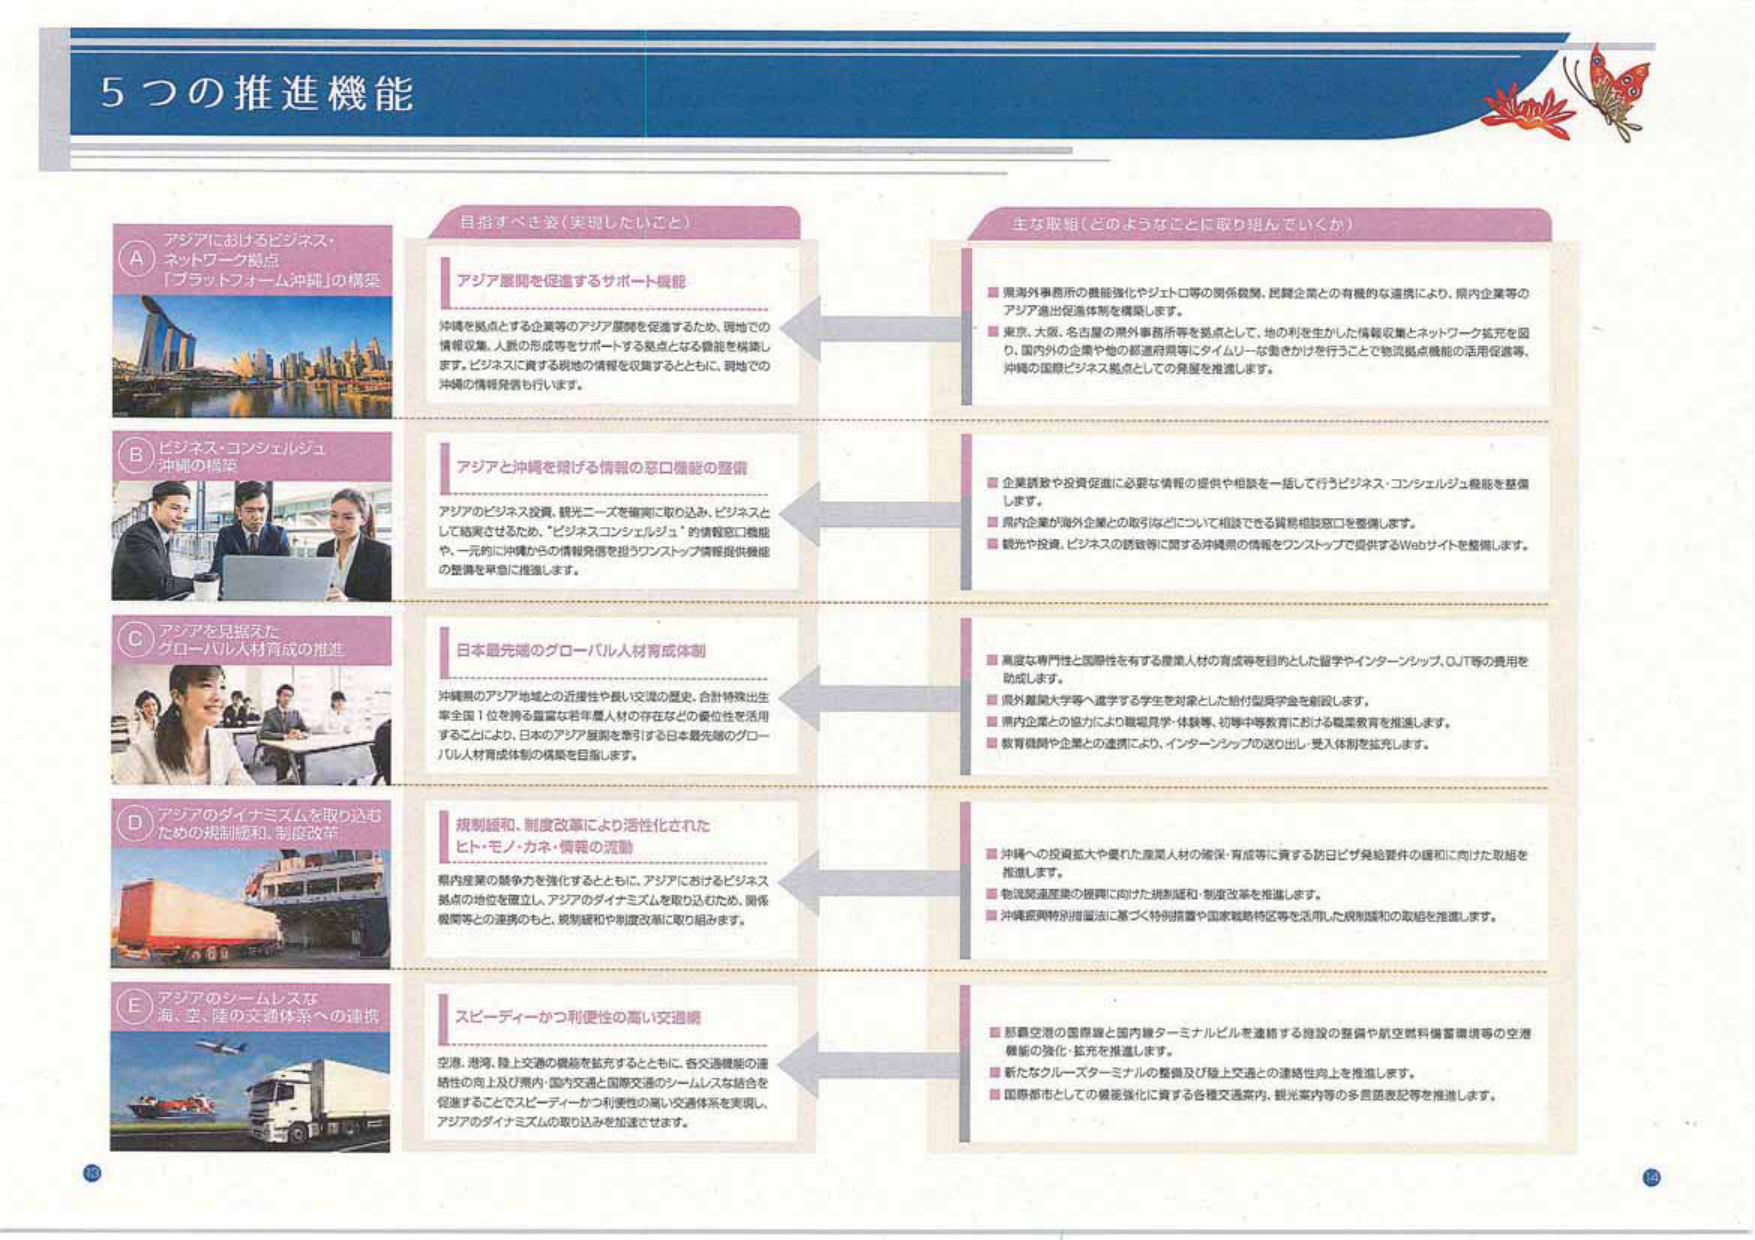
5つの推進機能

A アジアにおけるビジネス・ネットワーク拠点 「プラットフォーム沖縄」の構築

B ビジネス・コンシェルジュ 沖縄の構築

C アジアを見据えた グローバル人材育成の推進

D アジアのダイナミズムを取り込む ための規制緩和、制度改革

E アジアのシームレスな 海、空、陸の交通体系への連携

目指すべき姿（実現したいこと）

アジア展開を促進するサポート機能
沖縄を拠点とする企業等のアジア展開を促進するため、現地での情報収集、人脈の形成等をサポートする拠点となる機能を構築します。ビジネスに資する現地の情報を収集するとともに、現地での沖縄の情報発信も行います。

アジアと沖縄を結げる情報の窓口機能の整備
アジアのビジネス投資、観光ニーズを確実に取り込み、ビジネスとして結実させるため、「ビジネスコンシェルジュ」の情報窓口機能や、一元的に沖縄からの情報発信を担うワンストップ情報提供機能の整備を早急に推進します。

日本最先端のグローバル人材育成体制
沖縄県のアジア地域との近接性や長い交流の歴史、合計特殊出生率全国1位を誇る豊富な若年層人材の存在などの優位性を活用することにより、日本のアジア展開を牽引する日本最先端のグローバル人材育成体制の構築を目指します。

規制緩和、制度改革により活性化された ヒト・モノ・カネ・情報の流動
県内産業の競争力を強化するとともに、アジアにおけるビジネス拠点の地位を確立し、アジアのダイナミズムを取り込むため、関係機関等との連携のもと、規制緩和や制度改革に取り組みます。

スピーディーかつ利便性の高い交通網
空港、港湾、陸上交通の機能を拡充するとともに、各交通機能の連続性の向上及び県内交通と国際交通のシームレスな結合を促進することでスピーディーかつ利便性の高い交通体系を実現し、アジアのダイナミズムの取り込みを加速させます。

主な取組（どのようなことに取り組んでいくか）

■ 県海外事務所の機能強化やジェトロ等の関係機関、民間企業との有機的な連携により、県内企業等のアジア進出促進体制を構築します。
■ 東京、大阪、名古屋の県外事務所等を拠点として、地の利を生かした情報収集とネットワーク拡充を図り、国内外の企業や他の都道府県等にタイムリーな働きかけを行うことで物流拠点機能の活用促進等、沖縄の国際ビジネス拠点としての発展を推進します。

■ 企業誘致や投資促進に必要な情報の提供や相談を一括して行うビジネス・コンシェルジュ機能を整備します。
■ 県内企業が海外企業との取引などについて相談できる情報相談窓口を整備します。
■ 観光や投資、ビジネスの誘致等に関する沖縄県の情報をワンストップで提供するWebサイトを整備します。

■ 高度な専門性と国際性を有する職業人材の育成等を目的とした留学やインターンシップ、OJT等の費用を助成します。
■ 県外難関大学等へ進学する学生を対象とした給付型奨学金を創設します。
■ 県内企業との協力により職場見学・体験等、初等中等教育における職業教育を推進します。
■ 教育機関や企業との連携により、インターンシップの送り出し・受入れ体制を拡充します。

■ 沖縄への投資拡大や優れた産業人材の確保・育成等に資する訪日ビザ発給要件の緩和に向けた取組を推進します。
■ 物流関連産業の振興に向けた規制緩和・制度改革を推進します。
■ 沖縄振興特別措置法に基づく特別措置や国家戦略特区等を活用した規制緩和の取組を推進します。

■ 那覇空港の国際線と国内線ターミナルビルを連結する施設の整備や航空燃料備蓄環境等の空港機能の強化・拡充を推進します。
■ 新たなクルーズターミナルの整備及び陸上交通との連絡性向上を推進します。
■ 国際都市としての機能強化に資する各種交通案内、観光案内等の多言語表記等を推進します。

18
19